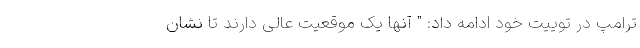
ترامپ در توییت خود ادامه داد: " آنها یک موقعیت عالی دارند تا نشان